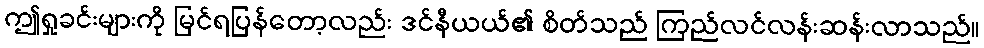
ဤရှုခင်းများကို မြင်ရပြန်တော့လည်း ဒင်နီယယ်၏ စိတ်သည် ကြည်လင်လန်းဆန်းလာသည်။